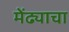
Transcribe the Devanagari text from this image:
मेंढ्याचा